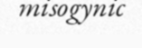
misogynic